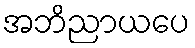
အဘိညာယပေ